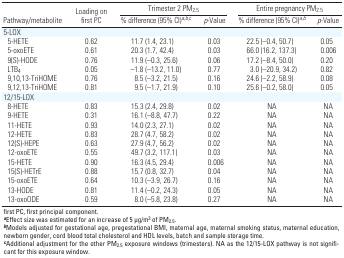
<table><thead><tr><td rowspan="2"><b>Pathway/metabolite</b></td><td rowspan="2"><b>Loading on first PC</b></td><td colspan="2"><b>Trimester 2 PM<sub>2.5</sub></b></td><td colspan="2"><b>Entire pregnancy PM<sub>2.5</sub></b></td></tr><tr><td><b>% difference (95% CI)<sup><i>a</i></sup><sup>,</sup><sup><i>b</i></sup><sup>,</sup><sup><i>c</i></sup></b></td><td><b><i>p</i>-Value</b></td><td><b>% difference (95% CI)<sup><i>a</i></sup><sup>,</sup><sup><i>b</i></sup></b></td><td><b><i>p</i>-Value</b></td></tr></thead><tbody><tr><td><b>5-LOX</b></td></tr><tr><td><b>5-HETE</b></td><td>0.62</td><td>11.7 (1.4, 23.1)</td><td>0.03</td><td>22.5 (–0.4, 50.7)</td><td>0.05</td></tr><tr><td><b>5-oxoETE</b></td><td>0.61</td><td>20.3 (1.7, 42.4)</td><td>0.03</td><td>66.0 (16.2, 137.3)</td><td>0.006</td></tr><tr><td><b>9(S)-HODE</b></td><td>0.76</td><td>11.9 (–0.3, 25.6)</td><td>0.06</td><td>17.2 (–8.4, 50.0)</td><td>0.20</td></tr><tr><td><b>LTB<sub>4</sub></b></td><td>0.05</td><td>–1.8 (–13.2, 11.0)</td><td>0.77</td><td>3.0 (–20.9, 34.2)</td><td>0.82</td></tr><tr><td><b>9,10,13-TriHOME</b></td><td>0.76</td><td>8.5 (–3.2, 21.5)</td><td>0.16</td><td>24.6 (–2.2, 58.9)</td><td>0.08</td></tr><tr><td><b>9,12,13-TriHOME</b></td><td>0.81</td><td>9.5 (–1.7, 21.9)</td><td>0.10</td><td>25.6 (–0.2, 58.0)</td><td>0.05</td></tr><tr><td><b>12/15-LOX</b></td></tr><tr><td><b>8-HETE</b></td><td>0.83</td><td>15.3 (2.4, 29.8)</td><td>0.02</td><td>NA</td><td>NA</td></tr><tr><td><b>9-HETE</b></td><td>0.31</td><td>16.1 (–8.8, 47.7)</td><td>0.22</td><td>NA</td><td>NA</td></tr><tr><td><b>11-HETE</b></td><td>0.93</td><td>14.0 (2.3, 27.1)</td><td>0.02</td><td>NA</td><td>NA</td></tr><tr><td><b>12-HETE</b></td><td>0.83</td><td>28.7 (4.7, 58.2)</td><td>0.02</td><td>NA</td><td>NA</td></tr><tr><td><b>12(S)-HEPE</b></td><td>0.63</td><td>27.9 (4.7, 56.2)</td><td>0.02</td><td>NA</td><td>NA</td></tr><tr><td><b>12-oxoETE</b></td><td>0.55</td><td>49.7 (3.2, 117.1)</td><td>0.03</td><td>NA</td><td>NA</td></tr><tr><td><b>15-HETE</b></td><td>0.90</td><td>16.3 (4.5, 29.4)</td><td>0.006</td><td>NA</td><td>NA</td></tr><tr><td><b>15(S)-HETrE</b></td><td>0.88</td><td>15.7 (0.8, 32.7)</td><td>0.04</td><td>NA</td><td>NA</td></tr><tr><td><b>15-oxoETE</b></td><td>0.64</td><td>10.3 (–3.9, 26.7)</td><td>0.16</td><td>NA</td><td>NA</td></tr><tr><td><b>13-HODE</b></td><td>0.81</td><td>11.4 (–0.2, 24.3)</td><td>0.05</td><td>NA</td><td>NA</td></tr><tr><td><b>13-oxoODE</b></td><td>0.59</td><td>8.0 (–5.8, 23.8)</td><td>0.27</td><td>NA</td><td>NA</td></tr><tr><td colspan="6">first PC, first principal component. <sup><i><b>a</b></i></sup>Effect size was estimated for an increase of 5 μg/m<sup>3</sup> of PM<sub>2.5</sub>. <sup><i><b>b</b></i></sup>Models adjusted for gestational age, pregestational BMI, maternal age, maternal smoking status, maternal education, newborn gender, cord blood total cholesterol and HDL levels, batch and sample storage time. <sup><i><b>c</b></i></sup>Additional adjustment for the other PM<sub>2.5</sub> exposure windows (trimesters). NA as the 12/15-LOX pathway is not significant for this exposure window. </td></tr></tbody></table>